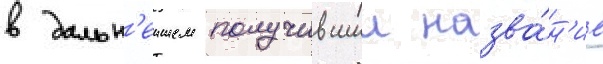
в дальн'еишем получившии назва́н'ие